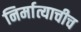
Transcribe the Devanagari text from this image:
निर्मात्याचीच